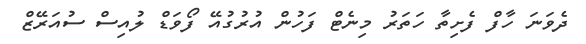
ދެވަނަ ހާފް ފެށިތާ ހަތަރު މިނެޓް ފަހުން އުރުގުއޭ ފޯވަޑް ލުއިސް ސުއަރޭޒް